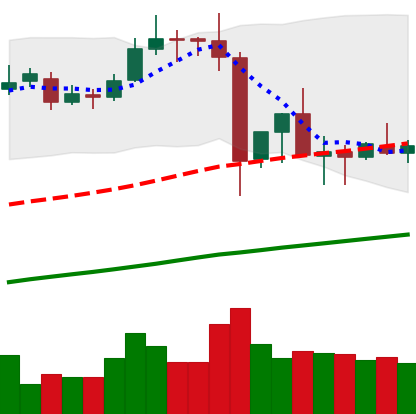
Ticker: ETC-USD
Chart end date: 2019-07-05
Forward return: -7.01%
Label: down_7plus